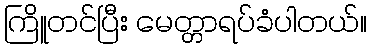
ကြိူတင်ပြီး မေတ္တာရပ်ခံပါတယ်။